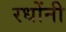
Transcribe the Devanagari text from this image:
रधोंनी